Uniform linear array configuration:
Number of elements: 24
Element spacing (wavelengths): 1
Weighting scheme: kaiser
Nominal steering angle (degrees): -60
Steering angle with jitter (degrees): -60.382
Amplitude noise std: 0.05
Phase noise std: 0.05

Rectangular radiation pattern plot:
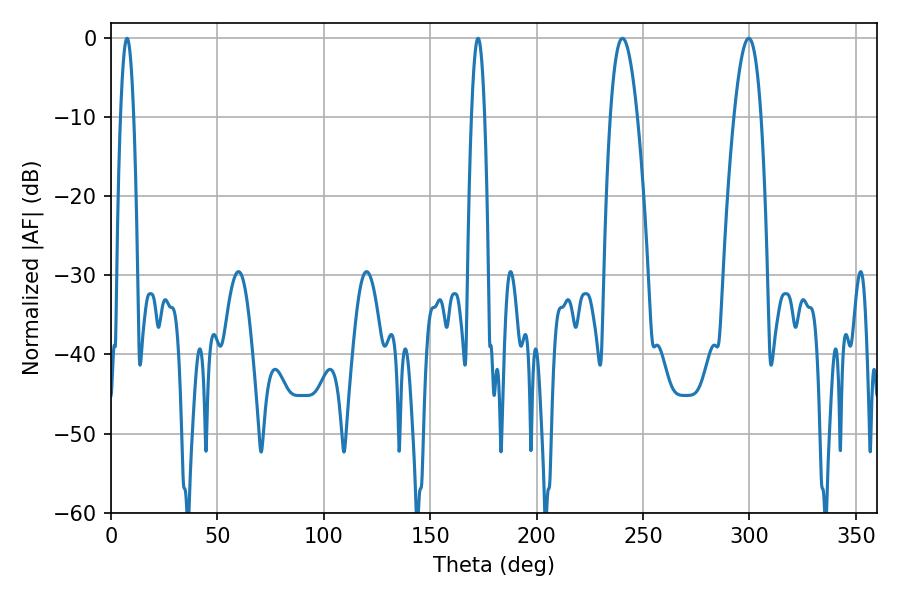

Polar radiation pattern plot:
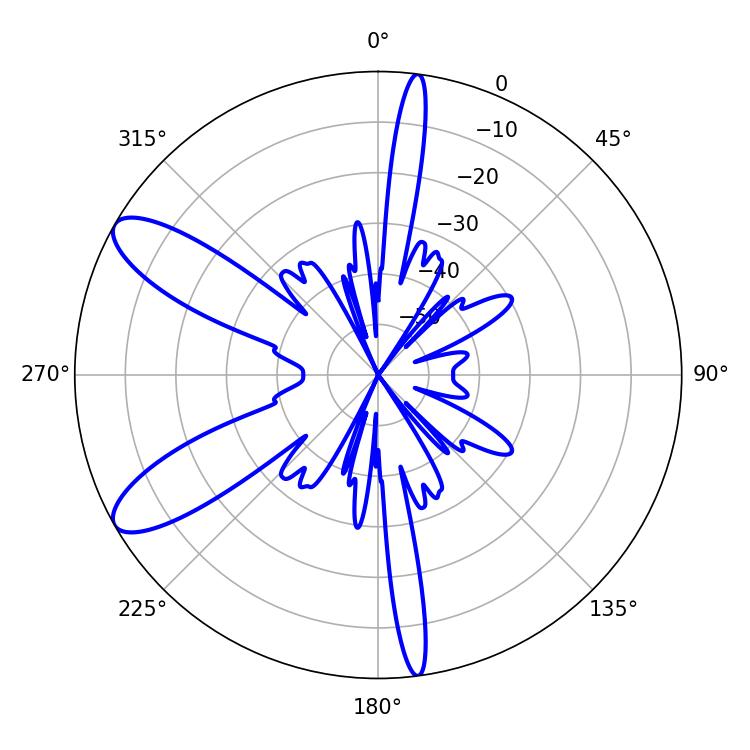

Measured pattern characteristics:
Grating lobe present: TRUE
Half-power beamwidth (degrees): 7.02
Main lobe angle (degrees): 240.3